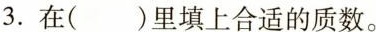
3.在( )里填上合适的质数。